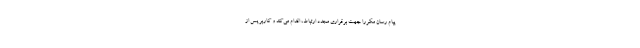
پیام رسان مکررا جهت برقراری مجدد ارتباط، اقدام می‌کند و کاربر پس از